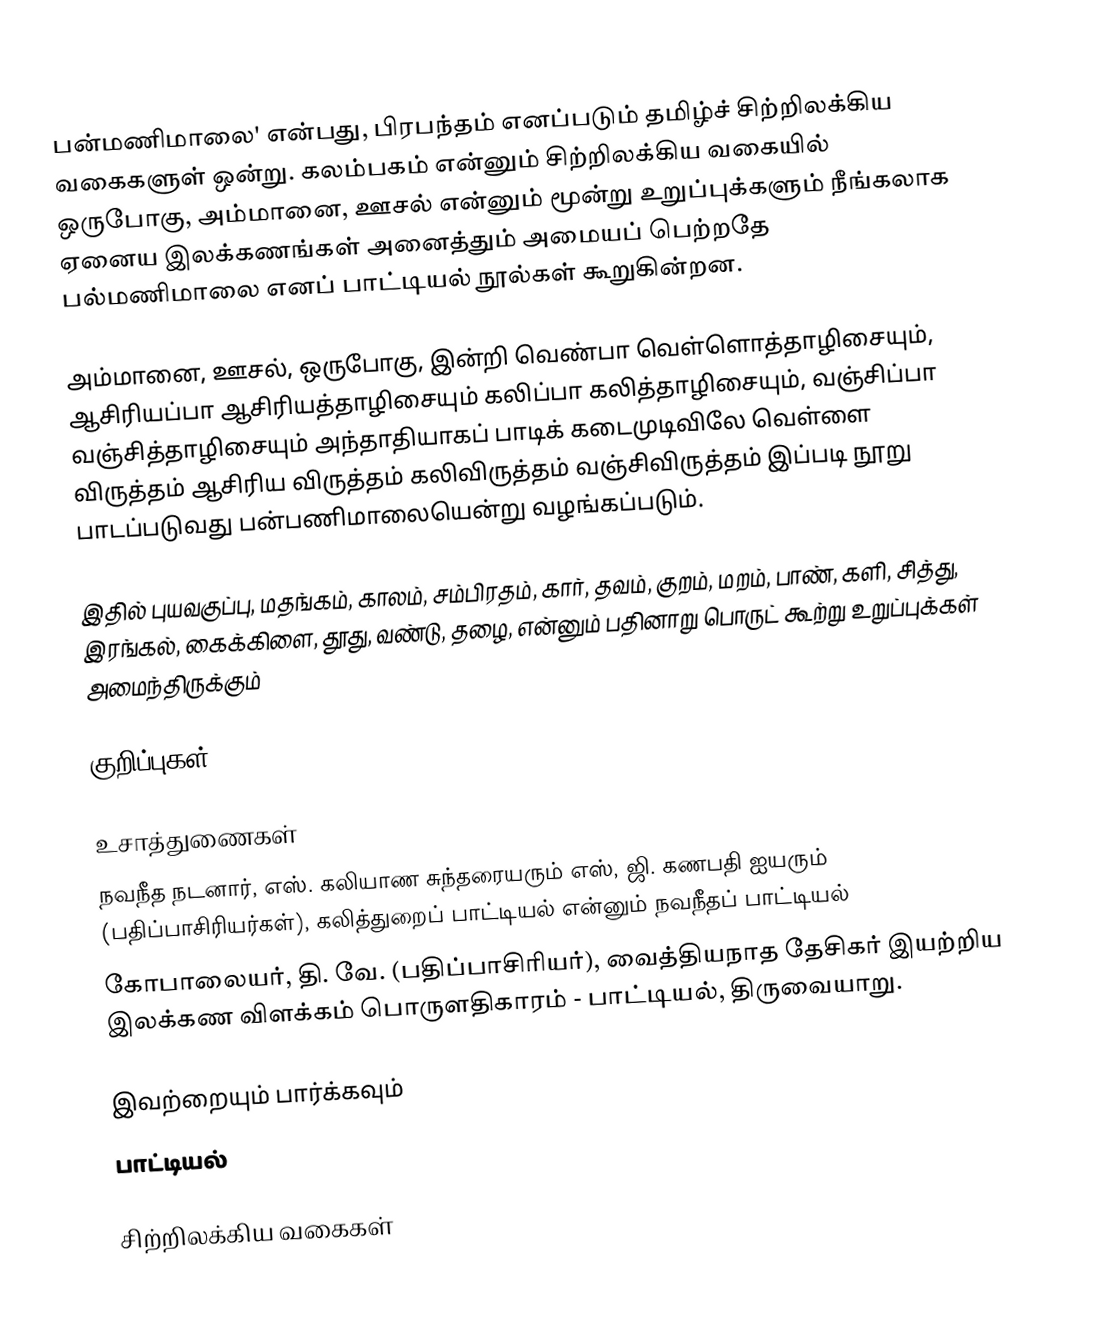
பன்மணிமாலை' என்பது, பிரபந்தம் எனப்படும் தமிழ்ச் சிற்றிலக்கிய வகைகளுள் ஒன்று. கலம்பகம் என்னும் சிற்றிலக்கிய வகையில் ஒருபோகு, அம்மானை, ஊசல் என்னும் மூன்று உறுப்புக்களும் நீங்கலாக ஏனைய இலக்கணங்கள் அனைத்தும் அமையப் பெற்றதே பல்மணிமாலை எனப் பாட்டியல் நூல்கள் கூறுகின்றன.

அம்மானை, ஊசல், ஒருபோகு, இன்றி வெண்பா வெள்ளொத்தாழிசையும், ஆசிரியப்பா ஆசிரியத்தாழிசையும் கலிப்பா கலித்தாழிசையும், வஞ்சிப்பா வஞ்சித்தாழிசையும் அந்தாதியாகப் பாடிக் கடைமுடிவிலே வெள்ளை விருத்தம் ஆசிரிய விருத்தம் கலிவிருத்தம் வஞ்சிவிருத்தம் இப்படி நூறு பாடப்படுவது பன்பணிமாலையென்று வழங்கப்படும்.

இதில் புயவகுப்பு, மதங்கம், காலம், சம்பிரதம், கார், தவம், குறம், மறம், பாண், களி, சித்து, இரங்கல், கைக்கிளை, தூது, வண்டு, தழை, என்னும் பதினாறு பொருட் கூற்று உறுப்புக்கள் அமைந்திருக்கும்

குறிப்புகள்

உசாத்துணைகள்
 நவநீத நடனார், எஸ். கலியாண சுந்தரையரும் எஸ், ஜி. கணபதி ஐயரும் (பதிப்பாசிரியர்கள்), கலித்துறைப் பாட்டியல் என்னும் நவநீதப் பாட்டியல்
 கோபாலையர், தி. வே. (பதிப்பாசிரியர்), வைத்தியநாத தேசிகர் இயற்றிய இலக்கண விளக்கம் பொருளதிகாரம் - பாட்டியல், திருவையாறு.

இவற்றையும் பார்க்கவும்
 பாட்டியல்

சிற்றிலக்கிய வகைகள்